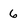
Character: 6